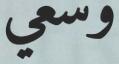
وسعي